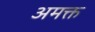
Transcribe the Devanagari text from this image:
अमक्त